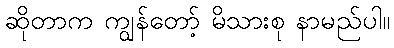
ဆိုတာက ကျွန်တော့် မိသားစု နာမည်ပါ။